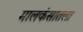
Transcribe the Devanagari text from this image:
मालकंसातला